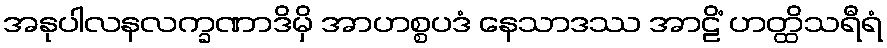
အနုပါလနလက္ခဏာဒိမှိ အာဟစ္စပဒံ နေသာဒဿ အာဠိံ ဟတ္ထိသရီရံ